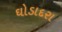
ઘોડાદરા